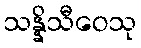
သန္နိသီဝေသု